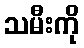
သမီးကို